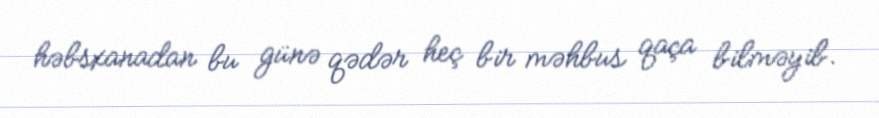
həbsxanadan bu günə qədər heç bir məhbus qaça bilməyib.